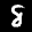
Label: 8